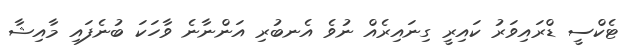
ޓެކްސީ ޑްރައިވަރު ކައިރީ ގިނައިރެއް ނުވެ އެނބުރި އަންނާނެ ވާހަކަ ބުނެފައި މާއިޝާ